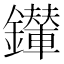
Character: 𨯉